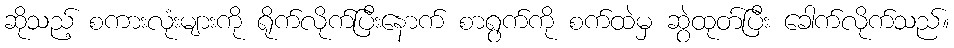
ဆိုသည့် စကားလုံးများကို ရိုက်လိုက်ပြီးနောက် စာရွက်ကို စက်ထဲမှ ဆွဲထုတ်ပြီး ခေါက်လိုက်သည်။